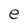
Character: e